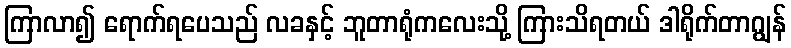
ကြာလာ၍ ရောက်ရပေသည် လခနှင့် ဘူတာရုံကလေးသို့ ကြားသိရတယ် ဒါရိုက်တာဂျွန်